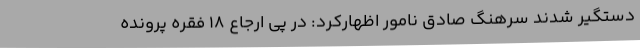
دستگیر شدند سرهنگ صادق نامور اظهارکرد: در پی ارجاع 18 فقره پرونده